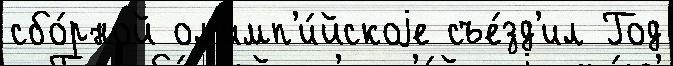
сбо́рной ол'имп'и́йскоjе съе́зд'ил Год